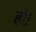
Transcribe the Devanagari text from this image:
हो़।